Punjab Mental Hospital Lahore 1922-31 - 1922-1931
Year: 1922
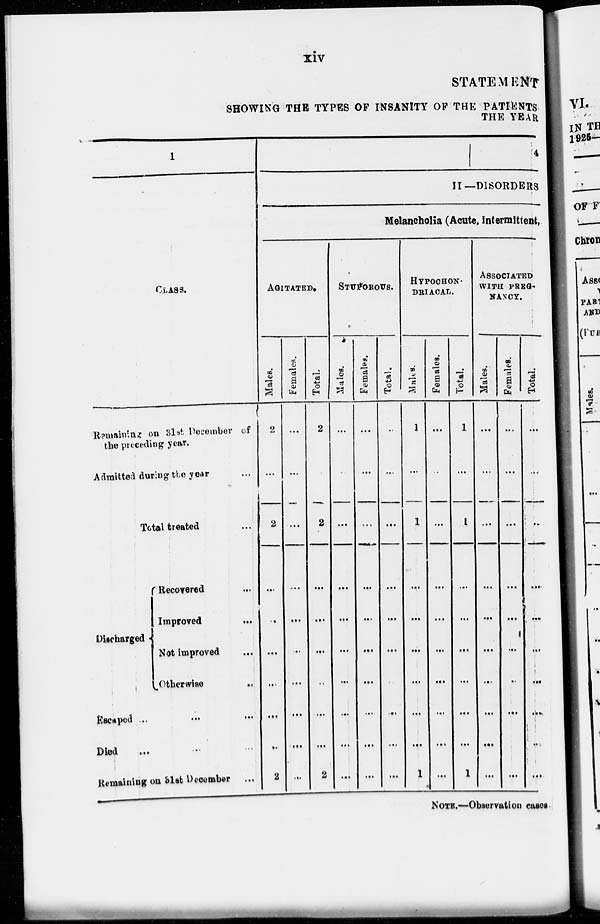
xiv
STATEMENT
SHOWING THE TYPES OF INSANITY OF THE PATIENTS
THE YEAR
1
CLASS.
Remaining on 31st December of
the preceding year.
Admitted during the year ...
Total treated ...
Discharged
Recovered ...
Improved ...
Not improved ...
Otherwise ...
Escaped ... ... ...
Died ... ... ...
Remaining on 31st December ...
4
II—DISORDERS
Melancholia (Acute, intermittent,
AGITATED.
Males.
2
...
2
...
...
...
...
...
...
2
Females.
...
...
...
...
...
...
...
...
...
...
Total.
2
...
2
...
...
...
...
...
...
2
STUPOROUS.
Males.
...
...
...
...
...
...
...
...
...
...
Females.
...
...
...
...
...
...
...
...
...
...
Total.
...
...
...
...
...
...
...
...
...
...
HYPOCHON-
DRIACAL.
Males.
1
...
1
...
...
...
...
...
...
1
Females.
...
...
...
...
...
...
...
...
...
...
Total.
1
...
1
...
...
...
...
...
...
1
ASSOCIATED
WITH PREG¬
NANCY.
Males.
...
...
...
...
...
...
...
...
...
...
Females.
...
...
...
...
...
...
...
...
...
...
Total.
...
...
...
...
...
...
...
...
...
...
NOTE.—Observation cases